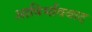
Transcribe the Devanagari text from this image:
आविर्भाववाद